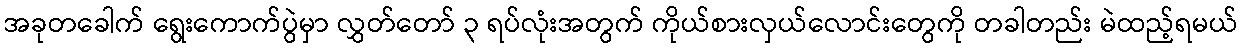
အခုတခေါက် ရွေးကောက်ပွဲမှာ လွှတ်တော် ၃ ရပ်လုံးအတွက် ကိုယ်စားလှယ်လောင်းတွေကို တခါတည်း မဲထည့်ရမယ်